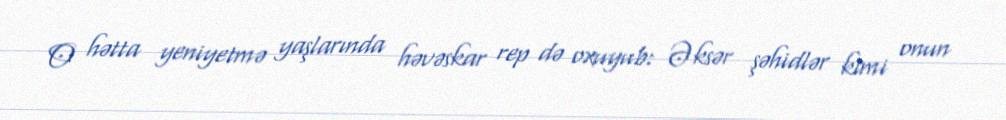
O hətta yeniyetmə yaşlarında həvəskar rep də oxuyub: Əksər şəhidlər kimi onun